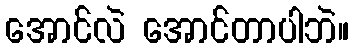
အောင်လဲ အောင်တာပါဘဲ။